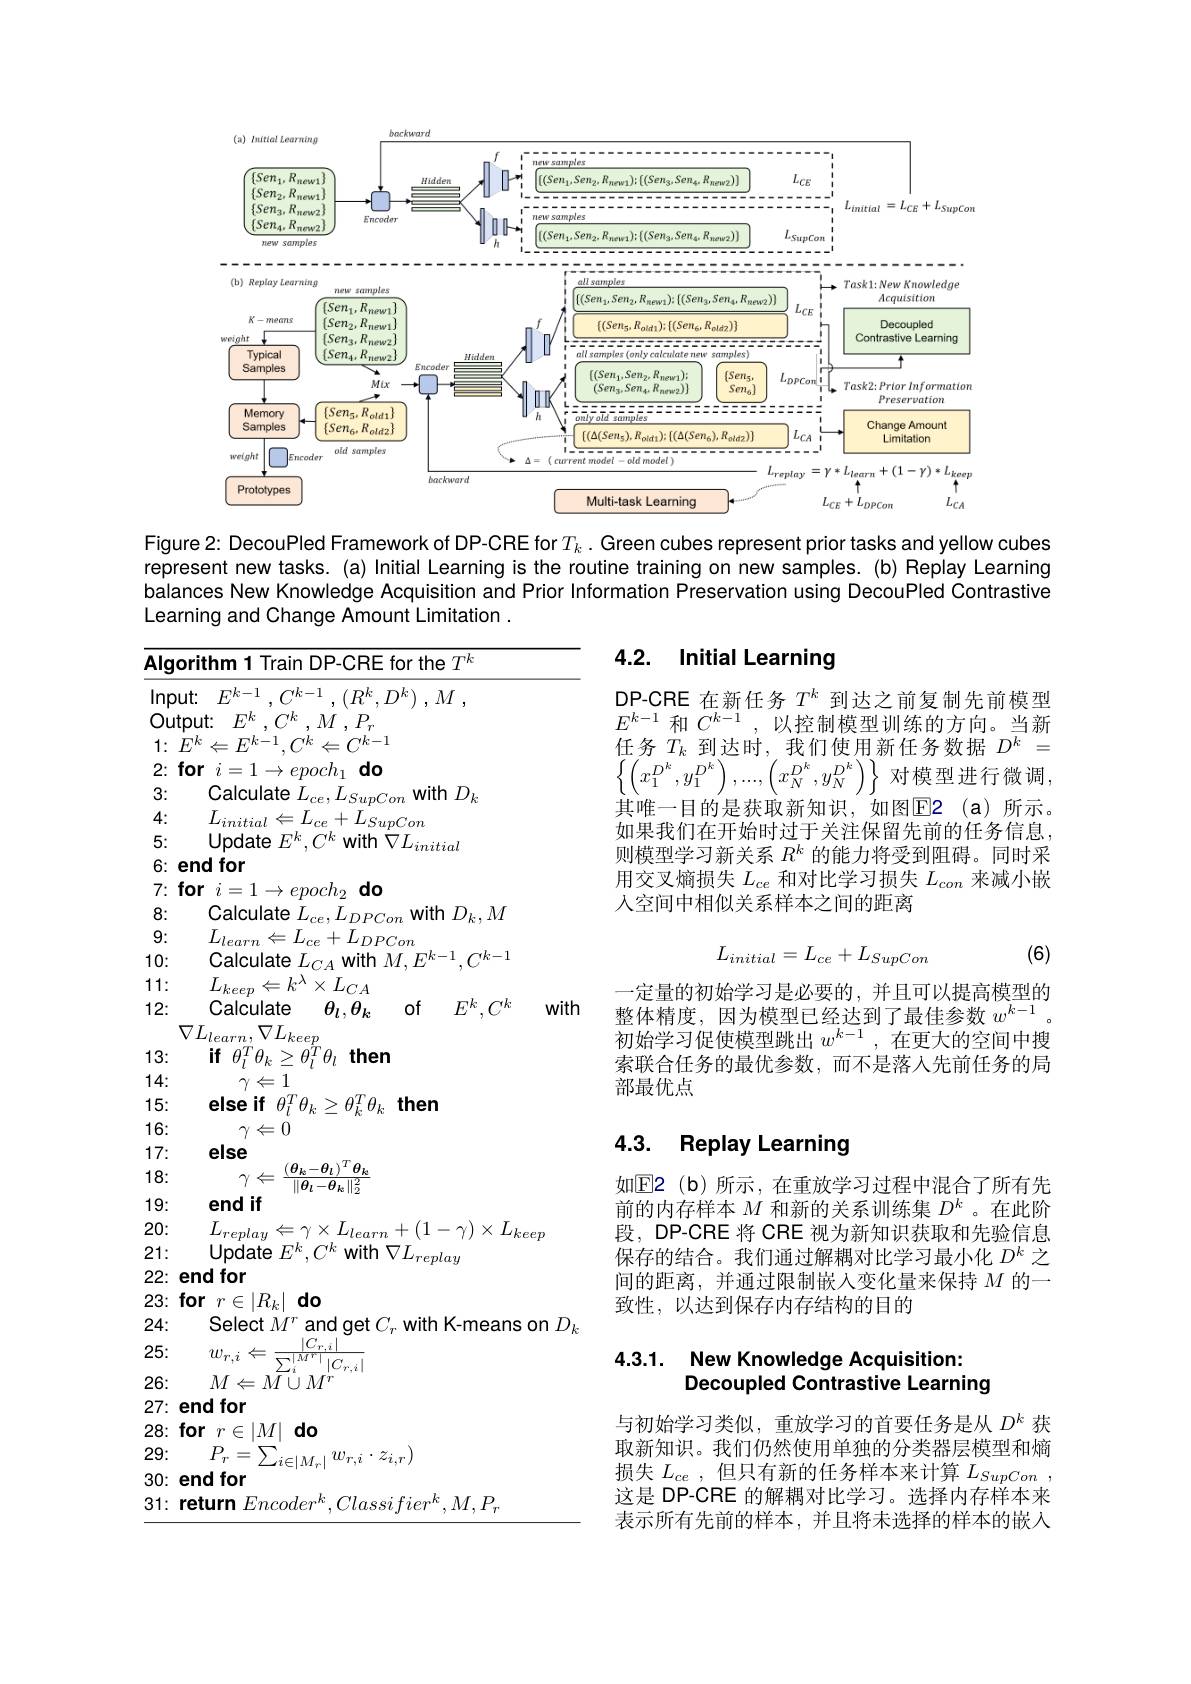
<FigureHere>

Figure 2: DecouPled Framework of DP-CRE for$T_k.$ Green cubes represent prior tasks and yellow cubes represent new tasks. (a) Initial Learning is the routine training on new samples. (b) Replay Learning balances New Knowledge Acquisition and Prior Information Preservation using DecouPled Contrastive Learning and Change Amount Limitation .

# 4.2. Initial Learning

DP-CRE 在新任务$T^k$到达之前复制先前模型$E^{k-1}$和$C^k-1$,以控制模型训练的方向。当新任务$T_k$到达时，我们使用新任务数据$D^k=$ $\left\{\left(x_{1}^{D^{k}},y_{1}^{D^{k}}\right),...,\left(x_{N}^{D^{k}},y_{N}^{D^{k}}\right)\right\}$对模型进行微调， 其唯一目的是获取新知识，如图$\overline{\mathrm{E2}}$(a)所示。如果我们在开始时过于关注保留先前的任务信息， 则模型学习新关系$R^k$的能力将受到阻碍。同时采用交叉熵损失$L_ce$和对比学习损失$L_con$来减小嵌人空间中相似关系样本之间的距离
$$L_{initial}=L_{ce}+L_{SupCon}$$
(6)

$\overline{\text{Algorithm 1 Train DP-CRE for the }T^k}$ $\mathsf{Input: }$ $E^{k- 1}$ , $C^{k- 1}$ , $( R^{k}, D^{k})$ , $M$ , $\begin{array}{l}{\text{Output:}}&{E^{k},C^{k},M\:,P_{r}}\\{1:\:E^{k}\Leftarrow E^{k-1},C^{k}\Leftarrow C^{k-1}}\end{array}$ 2:for$i= 1\to epoch_1\textbf{do}$ 3:
$\mathop{\text{Calculate }}L_{ce},L_{SupCon}\mathop{\mathrm{with~}}D_{k}$
4:
$L_{initial}\Leftarrow L_{ce}+L_{SupCon}$
5:
Update $E^k,C^k$ with $\bar{\nabla}L_{initial}$
6: end for
$7\colon$for$i= 1\to epoch_2\textbf{do}$
8:
$\mathop{\text{Calculate }}_{\mathrm{r}}\tilde{L}_{ce},\tilde{L}_{DPCon}\mathop{\text{with}}D_{k},M$
9:
$\begin{array}{l}{L_{learn}\Leftarrow L_{ce}+L_{DPCon}}\\{\text{Calculate }L_{CA}\mathrm{~with~}M,E^{k-1},C^{k-1}}\\\end{array}$
10: 11:
$L_{keep}\Leftarrow k^{\lambda}\times L_{CA}$
12:
with
Calculate $\theta _{l}, \theta _{k}$ of $E^k, C^k$
$\nabla L_{learn},\nabla L_{keep}$
13:
$\textbf{if}\theta _{l}^{T}\theta _{k}\geq \theta _{l}^{T}\theta _{l}$then
14:
$\dot{\gamma}\Leftarrow1$
15:
else if $\theta_l^T\theta_k\geq\theta_k^T\theta_k$ then
16:
$\gamma\Leftarrow0$
17:
else
18:
$\gamma\Leftarrow\frac{(\theta_{k}-\theta_{l})^{T}\theta_{k_{\mathrm{e}}}}{\|\theta_{l}-\theta_{k}\|_{2}^{2}}$
19:
end if
$\begin{array}{cc}20:&&L_{replay}\Leftarrow\gamma\times L_{learn}+(1-\gamma)\times L_{keep}\\21:&&\text{Update }E^k,C^k\mathrm{~with~}\nabla L_{replay}\end{array}$
22: end for
$23: \textbf{for}r\in | R_k| \textbf{do}$
24:
Select $M^{r}$ and get $C_{r}$ with K-means on $D_{k}$
$\begin{array}{ll}{25:}&{w_{r,i}\Leftarrow\frac{|C_{r,i}|}{\sum_{i}^{|M^{r}|}|C_{r,i}|}}\\{26:}&{M\Leftarrow M\cup M^{r}}\end{array}$
26:
27: end for
$28:\textbf{for}_{n}\in|M|$do
$\begin{array}{l}{29:}&{P_{r}=\sum_{i\in|M_{r}|}w_{r,i}\cdot z_{i,r})}\\{30:\mathrm{end~for}}\end{array}$

一定量的初始学习是必要的，并且可以提高模型的整体精度，因为模型已经达到了最佳参数$w^k-1$。初始学习促使模型跳出$w^k-1$,在更大的空间中搜索联合任务的最优参数，而不是落人先前任务的局部最优点

## 4.3. Replay Learning

如$\mathbb{E}$2(b)所示，在重放学习过程中混合了所有先前的内存样本$M$和新的关系训练集$D^k$ 。在此阶段，DP-CRE 将 CRE 视为新知识获取和先验信息保存的结合。我们通过解耦对比学习最小化$D^k$之间的距离，并通过限制嵌入变化量来保持$M$的一致性，以达到保存内存结构的目的

## 4.3.1. New Knowledge Acquisition: Decoupled Contrastive Learning

与初始学习类似，重放学习的首要任务是从$D^k$获取新知识。我们仍然使用单独的分类器层模型和熵损失$L_ce$,但只有新的任务样本来计算$L_SupCon$, 这是 DP-CRE 的解耦对比学习。选择内存样本来表示所有先前的样本，并且将未选择的样本的嵌入

31: return $Encoder^k,Classifier^k,M,P_r$